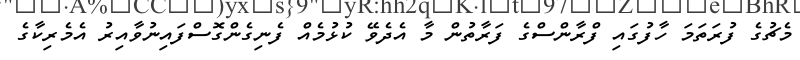
މެޗުގެ ފުރަތަމަ ހާފުގައި ފްރާންސްގެ ފަރާތުން މާ އެދެވޭ ކުޅުމެއް ފެނިގެންގޮސްފައިނުވާއިރު އެމެރިކާގެ